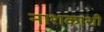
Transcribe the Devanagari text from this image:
नाशकाशी